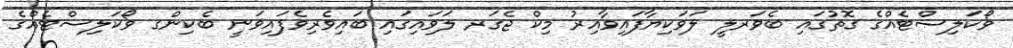
ވޯކަލިސްޓެއްގެ ގޮތުގައި ބެވަރލީ ލަވަކިޔާފައިވާއިރު މިކް ޖެގަރ ލަވައިގައި ބައިވެރިވެފައިވަނީ ބެކިންގ ވޯކަލިސްޓެއްގެ